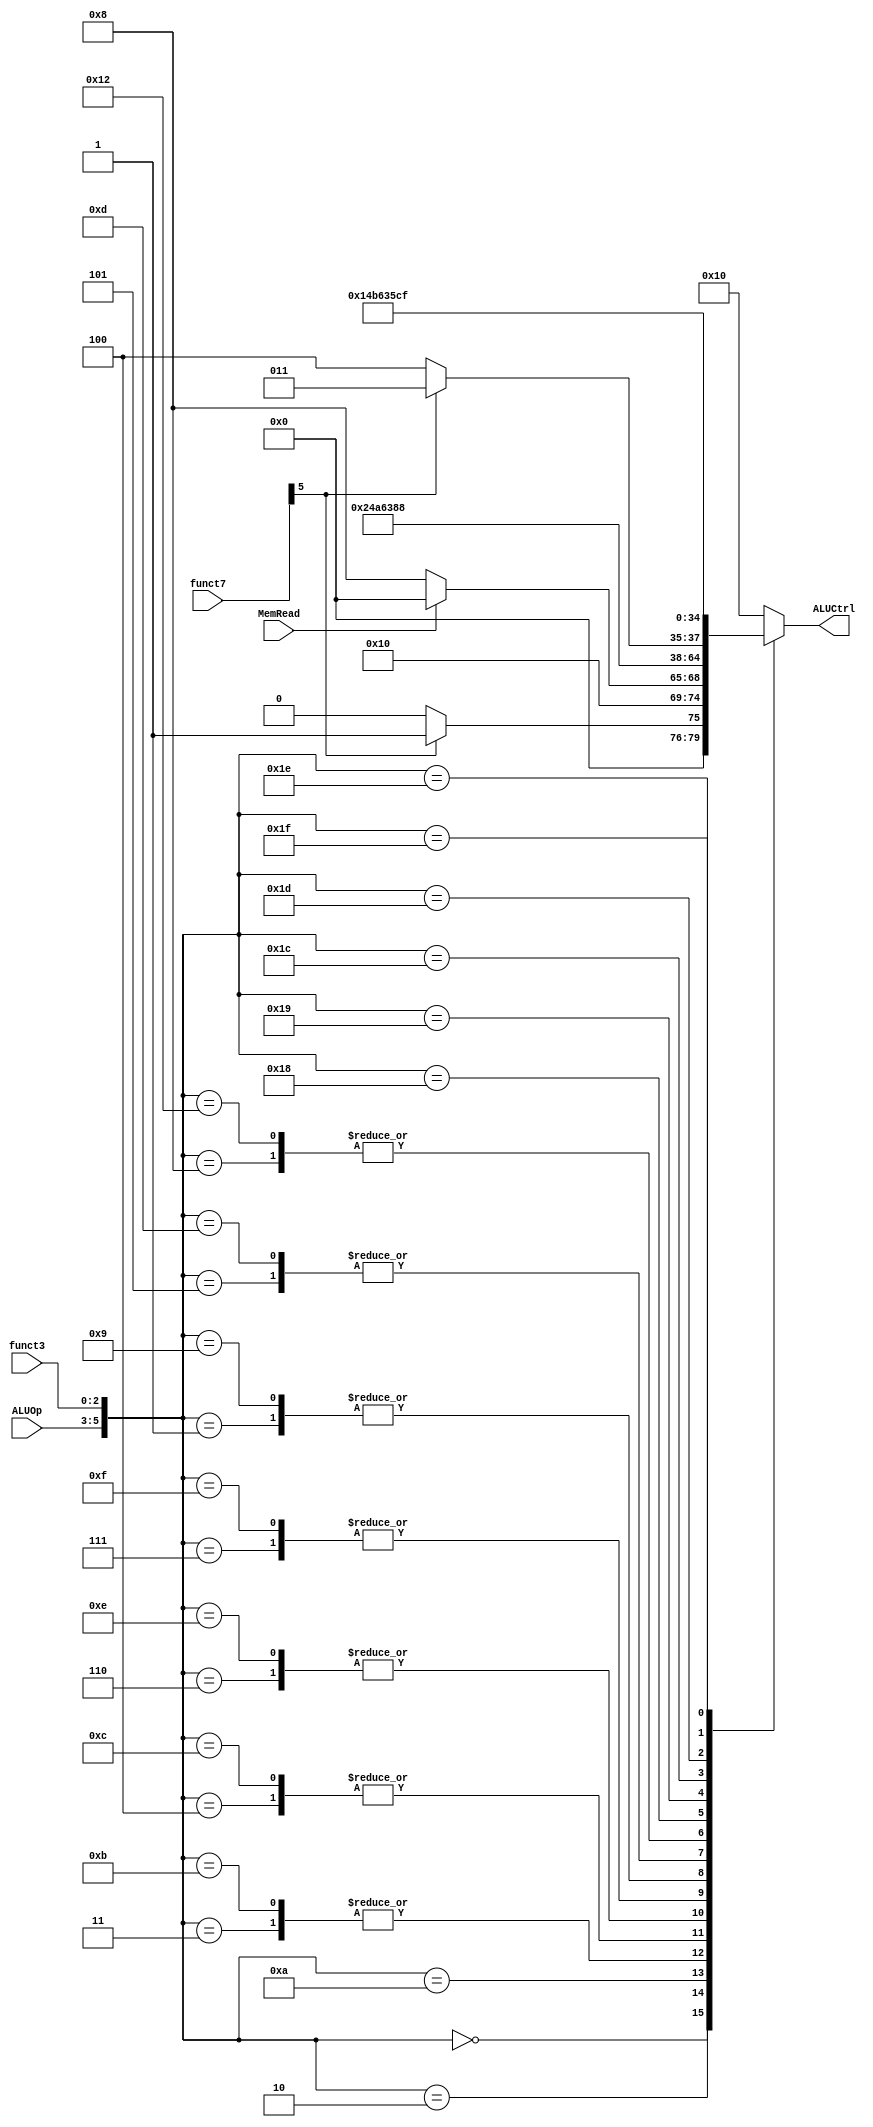
module ALUCtrl(
    input MemRead,
    input [2:0] funct3,
    input [6:0] funct7,
    input [2:0] ALUOp,
    output reg [4:0] ALUCtrl
);

parameter [4:0] add_op = 5'b0,
                sub_op = 5'b00001,
                sl_op  = 5'b00010,
                sr_op  = 5'b00011,
                sru_op = 5'b00100,
                xor_op = 5'b00101,
                or_op  = 5'b00110,
                and_op = 5'b00111,
                slt_op = 5'b01000,
                sltu_op= 5'b01001,
                beq_op = 5'b01010,
                bne_op = 5'b01011,
                blt_op = 5'b01100,
                bgt_op = 5'b01101,
                bltu_op= 5'b01110,
                bgtu_op= 5'b01111,
                no_op  = 5'b10000;


always@(*) begin

    case( { ALUOp, funct3} )
    6'b000000: begin // add or sub
        if(funct7[5] == 0) begin
            ALUCtrl = add_op; // add operation
        end else begin
            ALUCtrl = sub_op;// sub operation
        end
    end
    6'b000001: begin
        ALUCtrl = sl_op; // shift left
    end
    6'b000101: begin
         if(funct7[5] == 0) begin
            ALUCtrl = sru_op; // shift right unsigned operation
        end else begin
            ALUCtrl = sr_op; // shift right signed operation
        end
    end
    6'b000010: begin
        ALUCtrl = slt_op; // less than
    end
    6'b000011: begin
        ALUCtrl = sltu_op; // less than unsigned
    end
    6'b000100: begin
        ALUCtrl = xor_op; // xor
    end
    6'b000110: begin
        ALUCtrl = or_op; // or
    end
    6'b000111: begin
        ALUCtrl = and_op; // and
    end
    6'b001000: begin
        ALUCtrl = add_op; // add operation
    end
    6'b001010: begin
        if ( MemRead == 1'b1 ) begin // load word
            ALUCtrl = add_op;
        end else begin
            ALUCtrl = slt_op; // set less than
        end
    end
    6'b001011: begin
        ALUCtrl = sltu_op; // set less than unsigned
    end
    6'b001100: begin
        ALUCtrl = xor_op; // xor
    end
    6'b001110: begin
        ALUCtrl = or_op; // or
    end
    6'b001111: begin
        ALUCtrl = and_op; // and
    end
    6'b001001: begin
        ALUCtrl = sl_op; // shift left
    end
    6'b001101: begin
        if(funct7[5] == 0) begin
            ALUCtrl = sru_op; // shift right unisgned
        end else begin
            ALUCtrl = sr_op; // shift right signed
        end
    end
    6'b001000: begin
        ALUCtrl = add_op; // add
    end
    6'b010010: begin
        ALUCtrl = add_op; // sw uses add operation
    end
    6'b011000: begin
        ALUCtrl = beq_op; // branch equal
    end
    6'b011001: begin
        ALUCtrl = bne_op; // branch not equal
    end
    6'b011100: begin
        ALUCtrl = blt_op; // branch less than
    end
    6'b011101: begin
        ALUCtrl = bgt_op; // branch great than
    end
    6'b011110: begin
        ALUCtrl = bltu_op; // branch less than unsigned
    end
    6'b011111: begin
        ALUCtrl = bgtu_op; // branch greater than unsigned
    end
    default: begin
        ALUCtrl = no_op; // No operation
    end
    endcase
end

endmodule